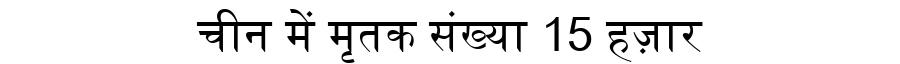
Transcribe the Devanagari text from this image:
चीन में मृतक संख्या 15 हज़ार